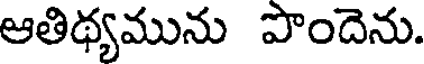
ఆతిథ్యమును పొందెను.